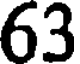
63